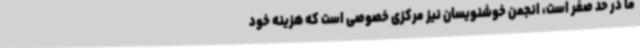
ما در حد صفر است، انجمن خوشنویسان نیز مرکزی خصوصی است که هزینه‌ خود